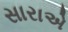
સારાએ